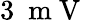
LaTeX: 3\ \mathrm{~m~V~}